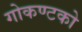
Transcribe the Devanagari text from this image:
गोकण्टको